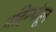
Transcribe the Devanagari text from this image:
महिन्यांहून